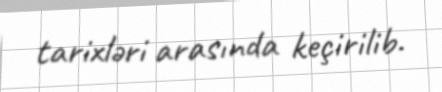
tarixləri arasında keçirilib.